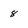
Character: 8